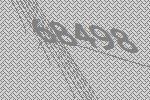
68498